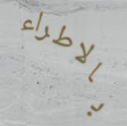
بالاطراء